Annual report on the health of the army in India
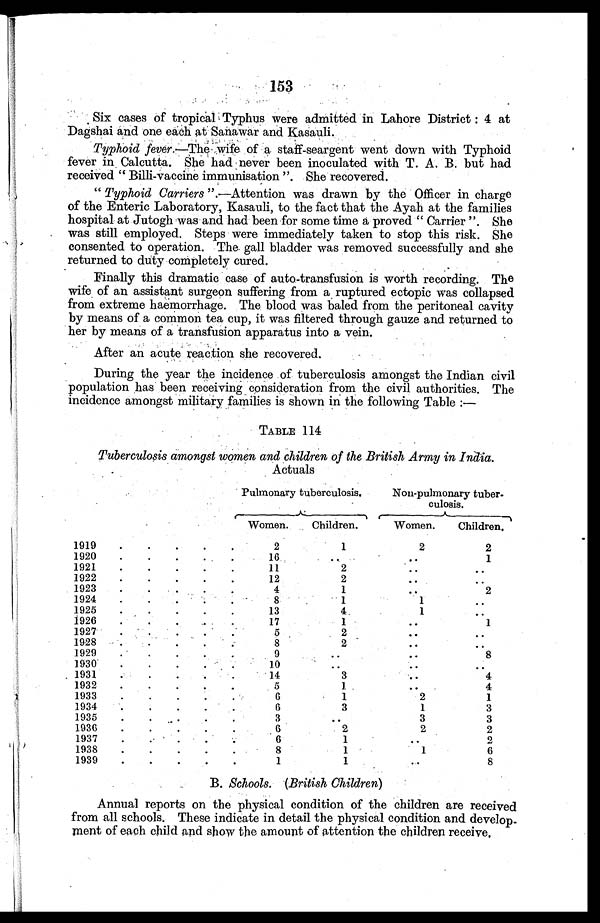
153
Six cases of tropical Typhus were admitted in Lahore District : 4 at
Dagshai and one each at Sanawar and Kasauli.
Typhoid fever.—The wife of a staff-seargent went down with Typhoid
fever in Calcutta. She had never been inoculated with T. A. B. but had
received “ Billi-vaccine immunisation ”. She recovered.
“ Typhoid Carriers ” .—Attention was drawn by the Officer in charge
of the Enteric Laboratory, Kasauli, to the fact that the Ayah at the families
hospital at Jutogh was and had been for some time a proved “ Carrier ”. She
was still employed. Steps were immediately taken to stop this risk. She
consented to operation. The gall bladder was removed successfully and she
returned to duty completely cured.
Finally this dramatic case of auto-transfusion is worth recording. The
wife of an assistant surgeon suffering from a ruptured ectopic was collapsed
from extreme haemorrhage. The blood was baled from the peritoneal cavity
by means of a common tea cup, it was filtered through gauze and returned to
her by means of a transfusion apparatus into a vein.
After an acute reaction she recovered.
During the year the incidence of tuberculosis amongst the Indian civil
population has been receiving consideration from the civil authorities. The
incidence amongst military families is shown in the following Table :—
TABLE 114
Tuberculosis amongst women and children of the British Army in India.
Actuals
Pulmonary tuberculosis.
Non-pulmonary tuber
-
culosis.
Women.
Children.
Women.
Children.
1919 . . .
2
1
2
2
1920 . . .
16
. . .
. . .
1
1921 . . .
11
2
. . .
. . .
1922 . . .
12
2
. . .
. . .
1923 . . .
4
1
. . .
2
1924 . . .
8
1
1
. . .
1925 . . .
13
4
1
. . .
1926. . .
17
1
. . .
1
1927 . . .
5
2
. . .
. . .
1928 . . .
8
2
. . .
. . .
1929 . . .
9
. . .
. . .
8
1930 . . .
10
. . .
. . .
. . .
1931 . . .
14
3
. . .
4
1
. .
4
1932 . . .
5
1
2
1
1934 . . .
6
3
1
3
1935 . . .
. . .
. . .
3
3
1936 . . .
6
2
2
2
1937 . . .
6
1
. . .
2
1938 . . .
8
1
1
6
1939 . . .
1
1
. . .
8
B. Schools. (British Children)
Annual reports on the physical condition of the children are received
from all schools. These indicate in detail the physical condition and develop-
ment of each child and show the amount of attention the children receive.